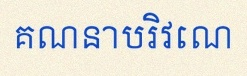
គណនាបរិវេណ